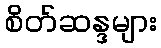
စိတ်ဆန္ဒများ